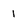
Character: 1